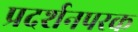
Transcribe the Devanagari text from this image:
प्रदर्शनपरक